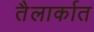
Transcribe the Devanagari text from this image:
तैलार्कात